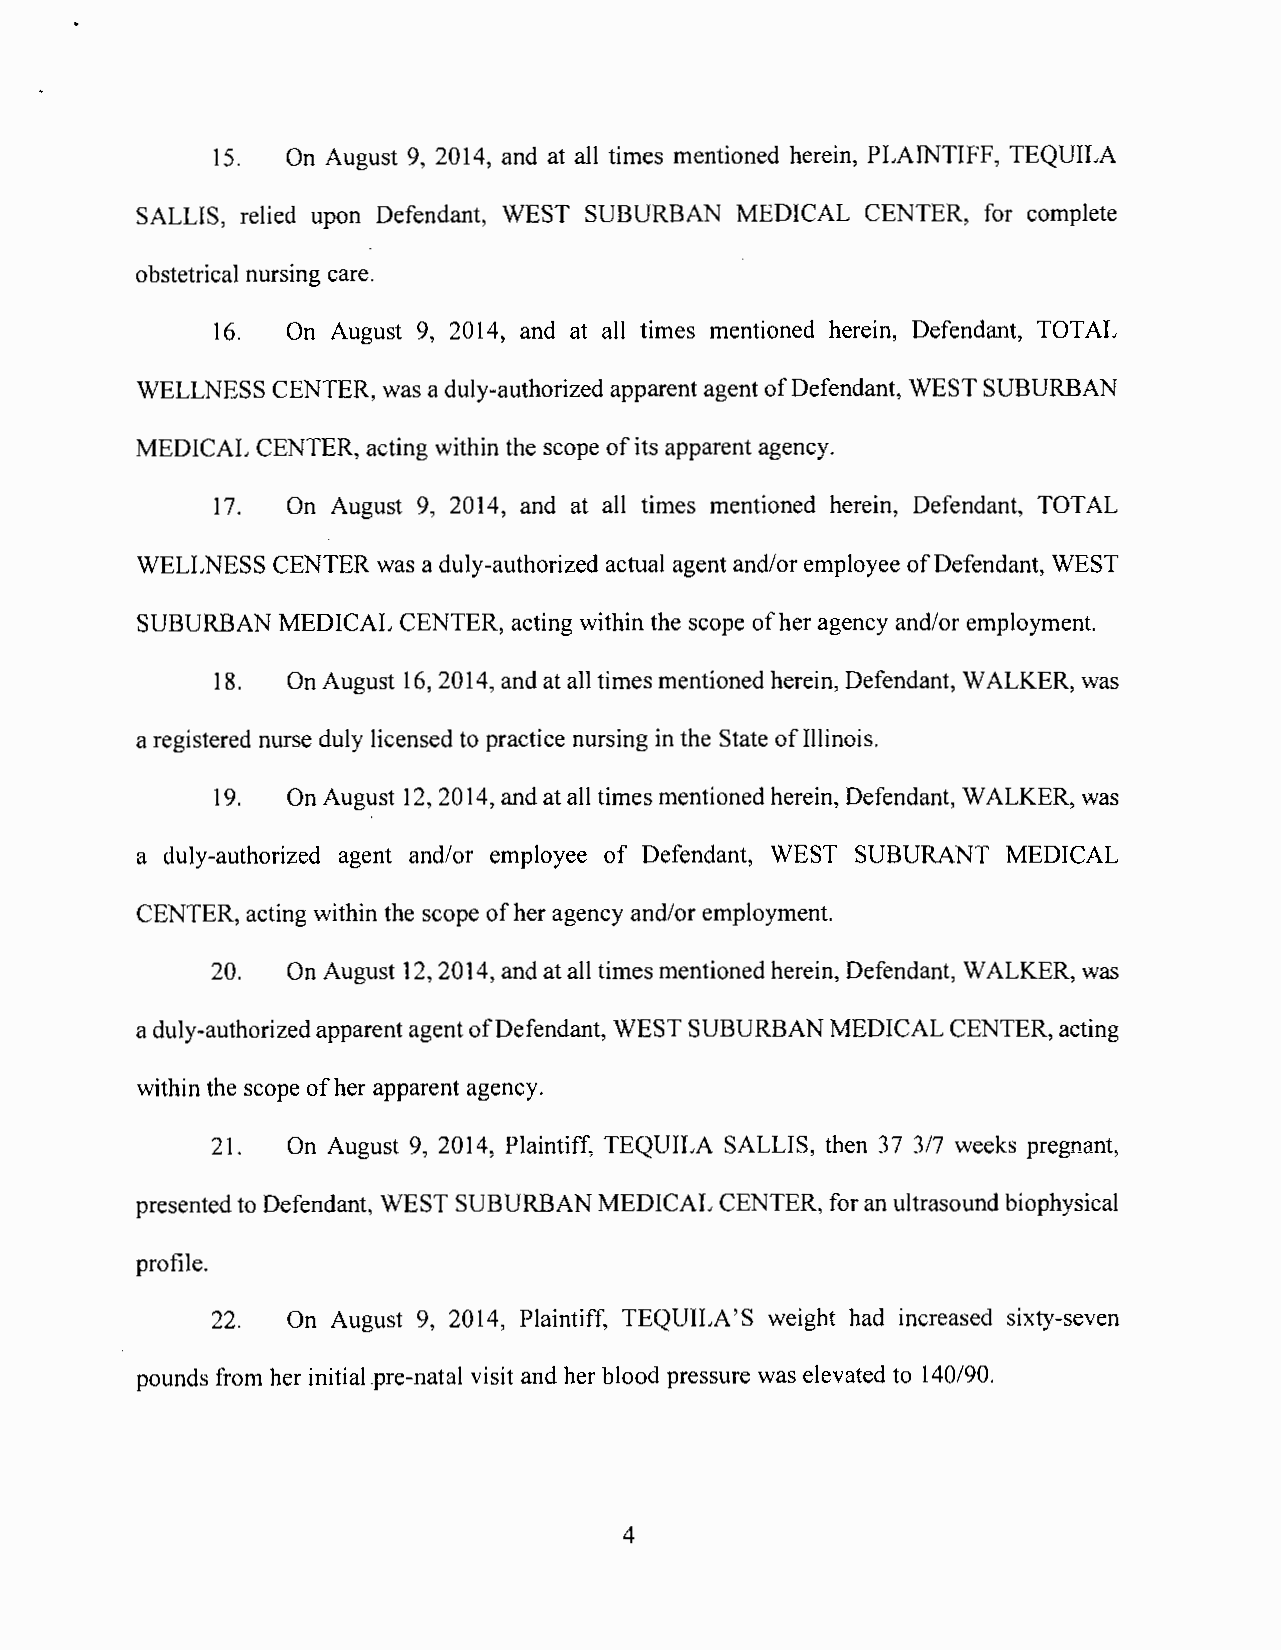
15.  On August 9, 2014, and at all times mentioned herein, PLAINTIFF, TEQUILA
 SALLIS, relied upon Defendant, WEST SUBURBAN MEDICAL CENTER, for complete
 obstetrical nursing care.
 16.  On August 9, 2014, and at all times mentioned herein, Defendant, TOTAL
 WELLNESS CENTER, was a duly-authorized apparent agent of Defendant, WEST SUBURBAN
 MEDICAL CENTER, acting within the scope of its apparent agency.
 17 . On August 9, 2014, and at all times mentioned herein, Defendant, TOTAL
 WELLNESS CENTER was a duly-authorized actual agent and/or employee of Defendant, WEST
 SUBURBAN MEDICAL CENTER, acting within the scope of her agency and/or employment.
 18.  On August 16,2014, and at all times mentioned herein, Defendant, WALKER, was
 a registered nurse duly licensed to practice nursing in the State of Illinois.
 19.  On August 12, 2014, and at all times mentioned herein, Defendant, WALKER, was
 a duly-authorized agent and/or employee of Defendant, WEST SUBURANT MEDICAL
 CENTER, acting within the scope of her agency and/or employment.
 20.  On August 12, 2014, and at all times mentioned herein, Defendant, WALKER, was
 a duly-authorized apparent agent of Defendant, WEST SUBURBAN MEDICAL CENTER, acting
 within the scope of her apparent agency.
 21.  On August 9, 2014, Plaintiff, TEQUILA SALLIS, then 3 7 317 weeks pregnant,
 presented to Defendant, WEST SUBURBAN MEDICAL CENTER, for an ultrasound biophysical
 profile.
 22.  On August 9, 2014, Plaintiff, TEQUILA'S weight had increased sixty-seven
 pounds from her initial.pre-natal visit and her blood pressure was elevated to 140/90.
 4